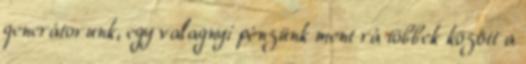
generátorunk, egy valagnyi pénzünk ment rá többek között a